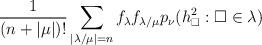
LaTeX: \begin{align*} \frac{1}{(n+|\mu|)!}\sum_{|\lambda/\mu|= n}f_{\lambda}f_{\lambda/\mu}p_\nu(h_{\square}^2: {\square}\in\lambda)\end{align*}